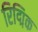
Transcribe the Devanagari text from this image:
रिद्मिक